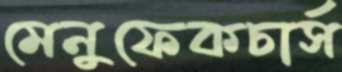
মেনুফেকচার্স